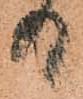
る